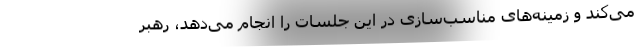
می‌کند و زمینه‌‌های مناسب‌سازی در این جلسات را انجام می‌دهد، رهبر